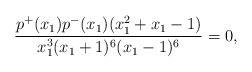
\begin{align*} \frac{p^{+}(x_1) p^{-}(x_1) (x_1^2+x_1-1)}{x_1^3(x_1+1)^6(x_1-1)^6}=0, \end{align*}